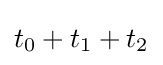
t_{0}+t_{1}+t_{2}